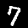
Label: 7